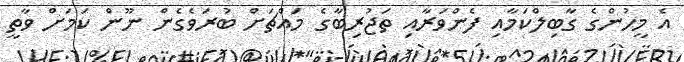
އެ މީހުންގެ ގާބިލްކަމާއި ފެންވަރާއި ތަޖުރިބާގެ މައްޗަށް ބުރަވެގެން ނޫން ކަމަށް ވާތީ